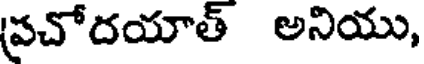
ప్రచోదయాత్ అనియు,